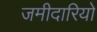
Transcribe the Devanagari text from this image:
जमीदारियो